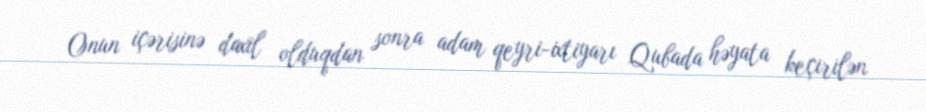
Onun içərisinə daxil olduqdan sonra adam qeyri-ixtiyarı Qubada həyata keçirilən